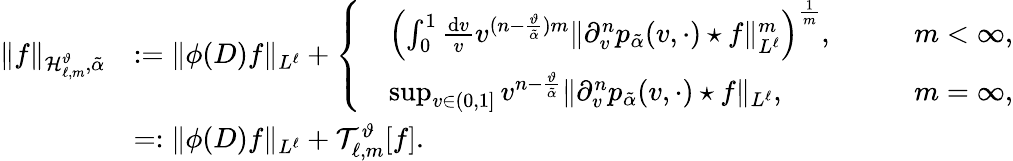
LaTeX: \begin{array}{rl}{\Vert f\Vert_{\mathcal{H}_{\ell,m}^{\vartheta},\tilde{\alpha}}}&{:=\Vert\phi(D)f\Vert_{L^{\ell}}+\left\{ \begin{array}{rlr}&{\left(\int_{0}^{1}\frac{\mathrm{d}v}{v}v^{(n-\frac{\vartheta}{\tilde{\alpha}})m}\Vert\partial_{v}^{n}p_{\tilde{\alpha}}(v,\cdot)\star f\Vert_{L^{\ell}}^{m}\right)^{\frac{1}{m}},\qquad}&{m<\infty,}\\ &{\operatorname*{sup}_{v\in(0,1]}v^{n-\frac{\vartheta}{\tilde{\alpha}}}\Vert\partial_{v}^{n}p_{\tilde{\alpha}}(v,\cdot)\star f\Vert_{L^{\ell}},}&{m=\infty,}\end{array}\right.}\\ &{=:\Vert\phi(D)f\Vert_{L^{\ell}}+\mathcal{T}_{\ell,m}^{\vartheta}[f].}\end{array}